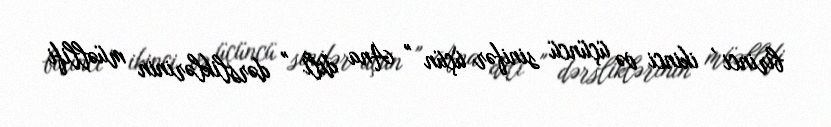
birinci , ikinci və üçüncü sinifər üçün " Ana dili " dərsliklərinin müəllifi